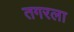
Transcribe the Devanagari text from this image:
तगरला